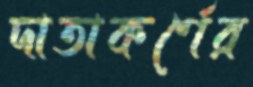
দাতাকর্ণের